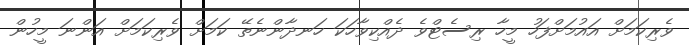
ވެރިކަމަށް އައުމަށްފަހު މީހާ ރިސެޓްވެ ދެއްކިވާހަކަ ހަނދާންނެތޭ ކަމަށް ވެރިކަމަށް އަންނަ މީހުން